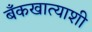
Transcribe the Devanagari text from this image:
बँकखात्याशी